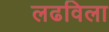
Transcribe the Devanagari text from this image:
लढविला